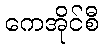
ကေအိုင်စီ